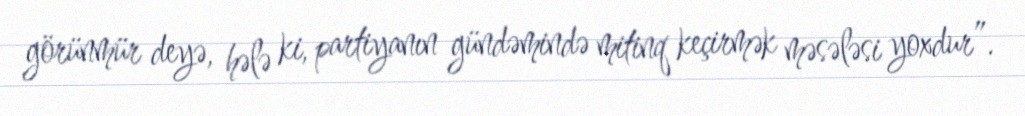
görünmür deyə, hələ ki, partiyanın gündəmində mitinq keçirmək məsələsi yoxdur”.